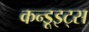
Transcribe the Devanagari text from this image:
कन्डूइट्स